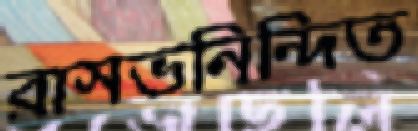
রাসভনিন্দিত